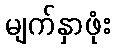
မျက်နှာဖုံး